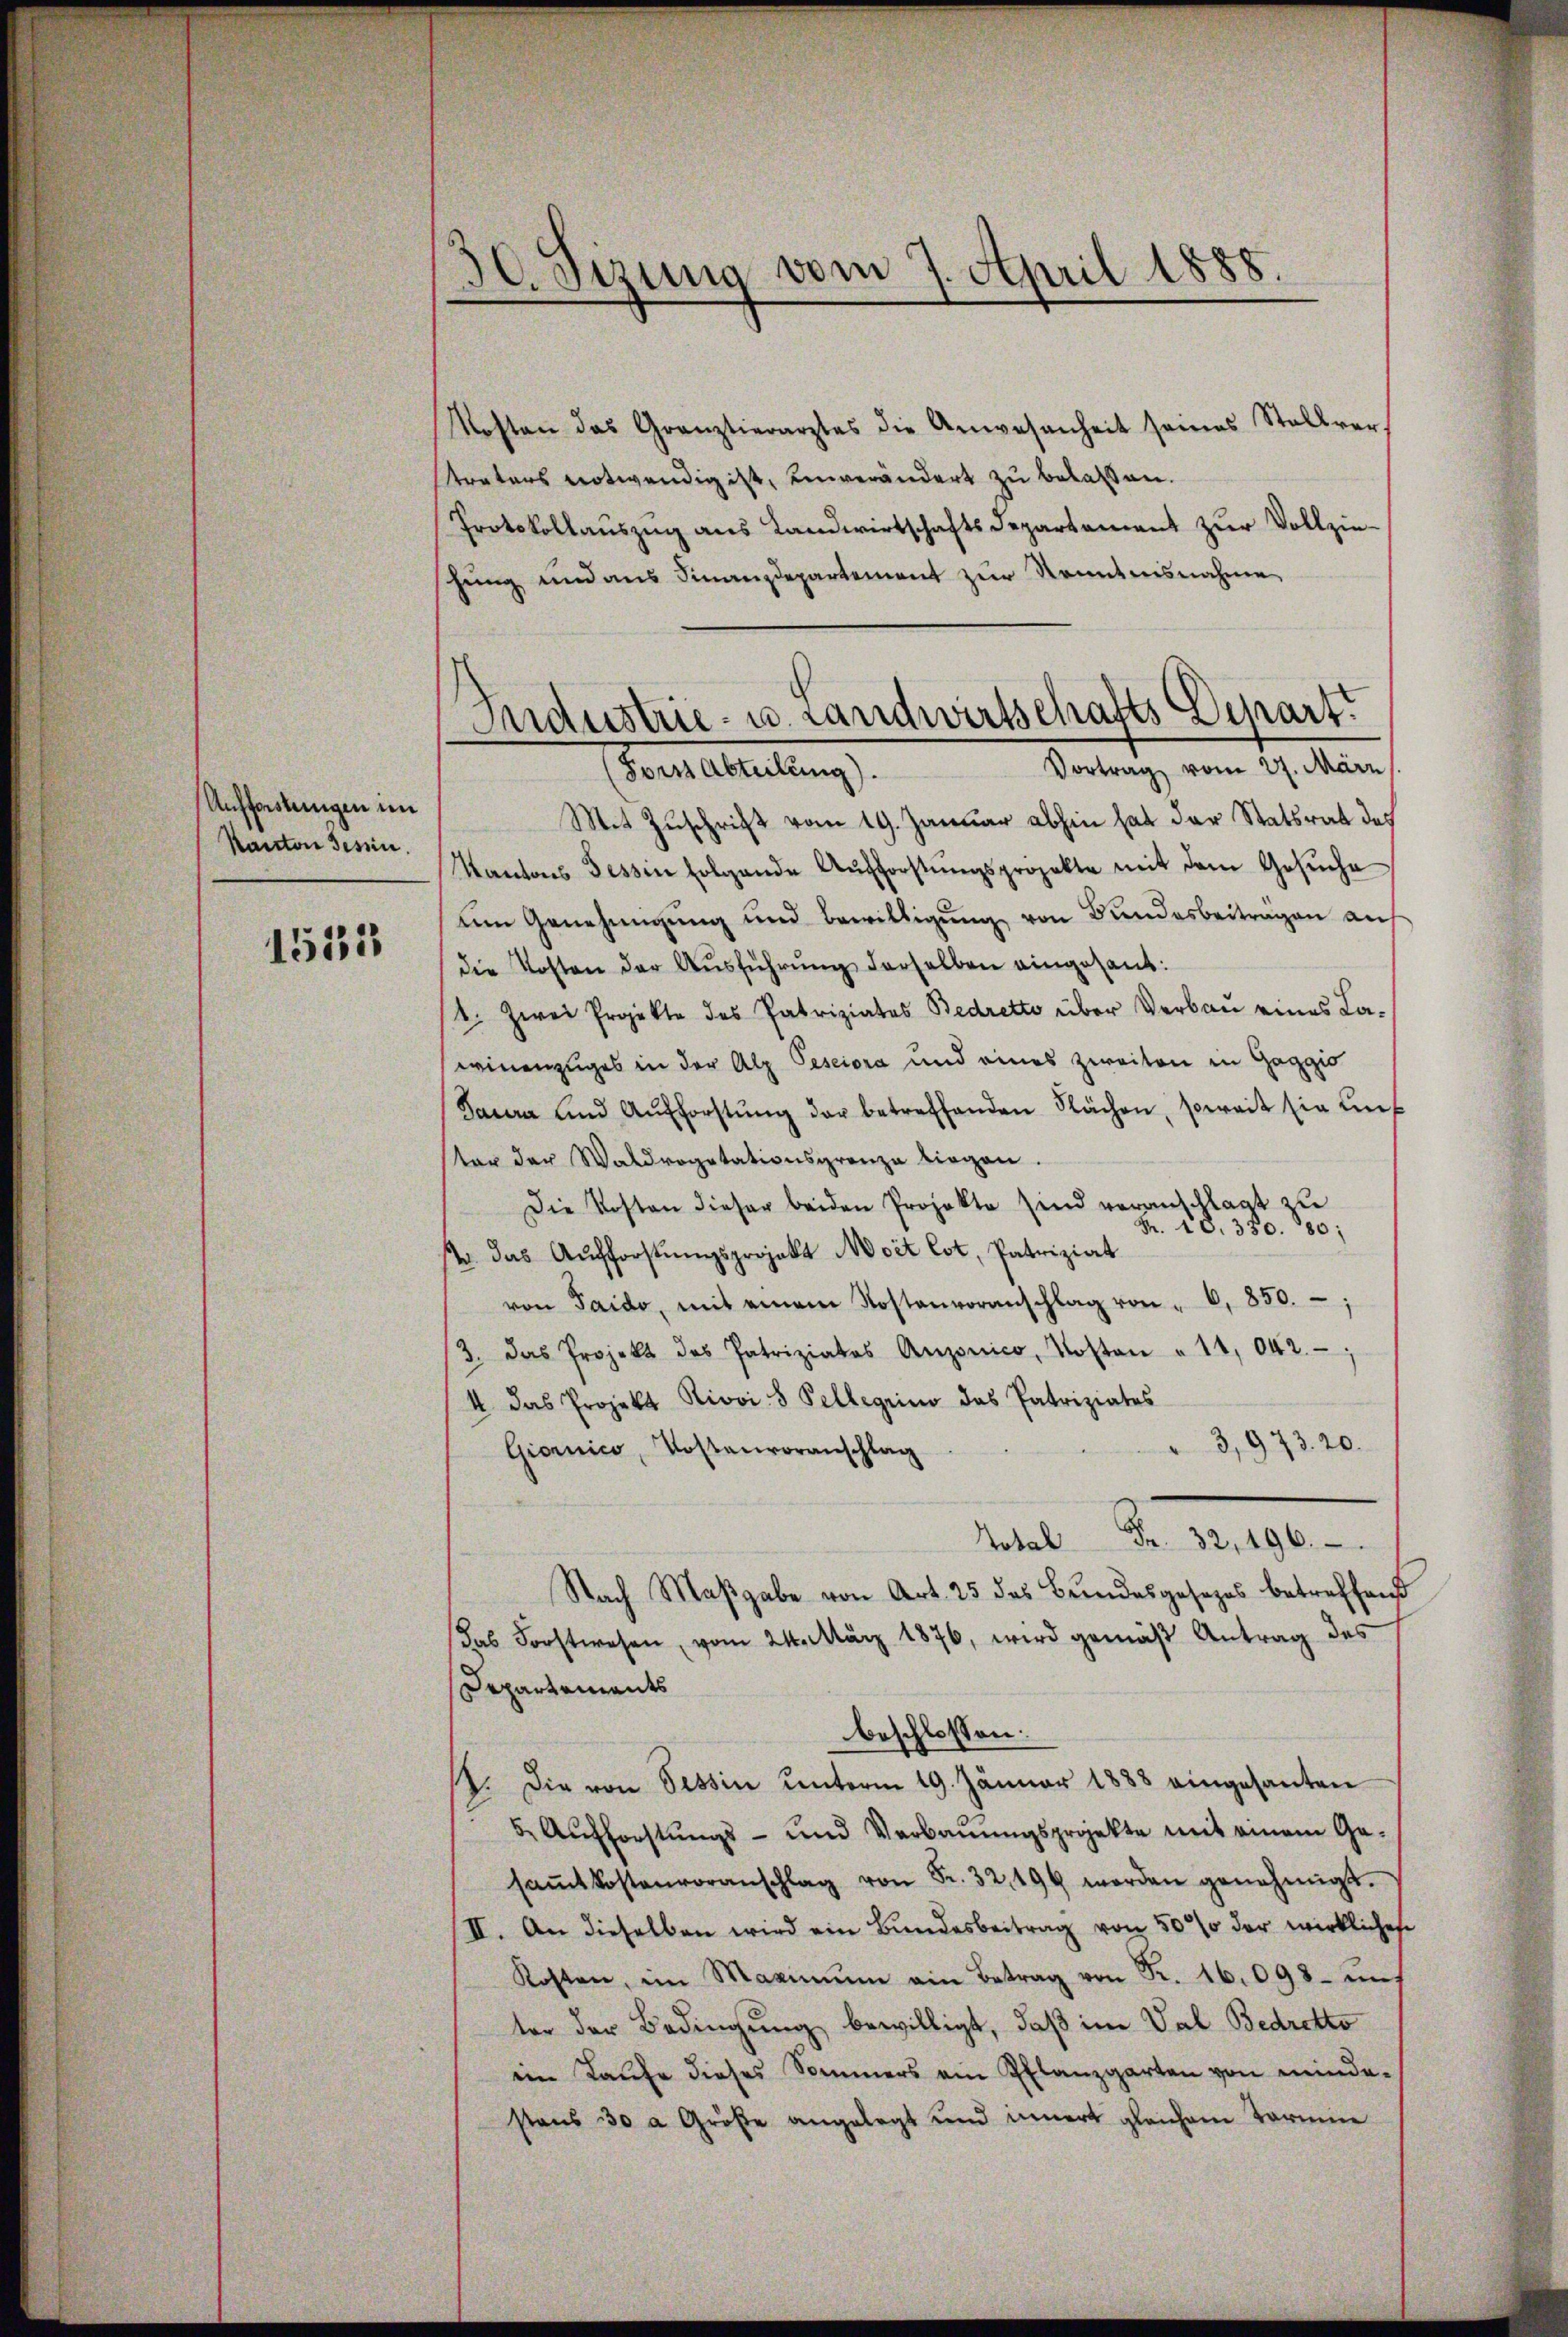
Aufforstungen im
Kanton Tessin.

1515

30. Sizung vom 7. April 1888.

Kosten das Granztierarztes die Anwesenheit seines Stallver
trators notwendig ist, einverändert zu belassen.
Protokollauszug aus Landwirtschafts Departement zur Vollziehung und aus Finanzdepartement zur Kenntnisnahme,
Mit Zuschrift vom 19. Januar abhin hat der Statsrat des
Kantons Tessin folgende Aufforstŭngsprojekte mit dem Gesŭche
um Genehmigung und bewilligŭng von Bundesbeitragen auf
die Kosten der Aŭsführŭng derselben eingesant:
1. Zwei Projekte des Patriziates Bedretto über Verbau eines Lawinenzuges in der Alp Pesciora und eines zweiten in Gaggio
Sacra und Aŭfforstŭng der betreffenden Flächen, soweit sie un
tar der Waldvogetationsgrenza liegen.
Die Kosten dieser beiden Projekte sind veranschlagt zu
Fr. 18. 350. 80;
str. das Aufforstungsprojekt Moit lot, Patriziat
von Paido, mit einem Kostenvoranschlag von " 6, 850.
3. Das Projekt des Patriziatos Anzonico, Kosten " 11,042.
4 das Projekt Riovi 8 Pellegiino das Patriziates
3,973. 20.
Giornico, Kostenvoranschlag
Hotal Fr. 32, 196.
Nach Maβgabe von Art. 25 des Bundesgesezes betreffend
das Forstwesen, vom 24. März 1876, wird gemäß Antrag des
Departements
beschlossen:
2. Die von Tessin unterm 19. Jänner 1888 eingesanten
5. Aŭfforstŭngs- und Verbaŭŭngsprojekte mit einem Ge-
saṁtkostenvoranschlag von Fr. 32, 199 worden genehmigt.
II. An dieselben wird ein Bundesbeitrag von 500% der wirkliches
Kosten, im Maximŭm ain Betrag von Fr. 16.098 - mit
ter der Bedingung bewilligt, daß im Val Bedrotto
iin Laufe dieses Sommers ein Pflanzgarten von mindestens 30 a Große angelegt und innert gleichem Termin

Industrie- u. Landwirtschafts Depart.
Vortrag vom 27. März,
Pere Abteilung